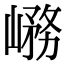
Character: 𡺱